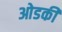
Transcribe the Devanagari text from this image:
ओडकी